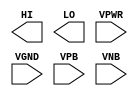
module sky130_fd_sc_lp__conb (
    HI  ,
    LO  ,
    VPWR,
    VGND,
    VPB ,
    VNB
);

    output HI  ;
    output LO  ;
    input  VPWR;
    input  VGND;
    input  VPB ;
    input  VNB ;
endmodule